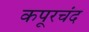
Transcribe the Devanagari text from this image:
कपूरचंद